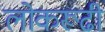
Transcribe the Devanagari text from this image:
लोकरूढी